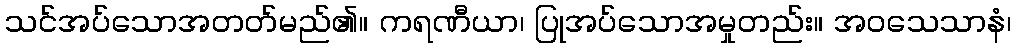
သင်အပ်သောအတတ်မည်၏။ ကရဏီယာ၊ ပြုအပ်သောအမှုတည်း။ အဝသေသာနံ၊